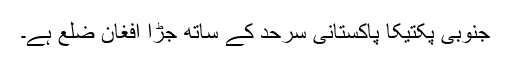
جنوبی پکتیکا پاکستانی سرحد کے ساتھ جڑا افغان ضلع ہے۔